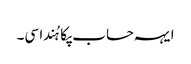
ایہہ حساب پکا ہُندا سی۔